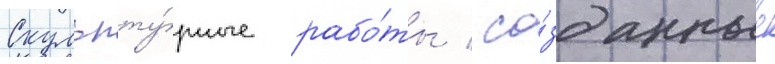
Скульпту́рные рабо́ты / со́зданные